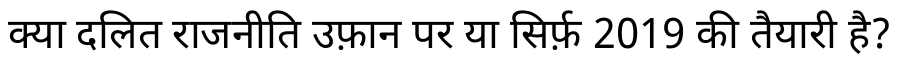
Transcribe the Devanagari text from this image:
क्या दलित राजनीति उफ़ान पर या सिर्फ़ 2019 की तैयारी है?